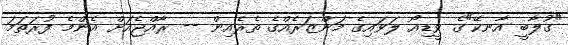
"ގުލާބީ އާނކޭ"ގެ ވީޑިއޯ ލަވައިގެ މަންޒަރެއްގެ ތެރެއިން -- ރާއްޖެއަށް އެންމެ ފުރަތަމަ